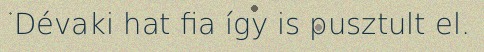
Dévaki hat fia így is pusztult el.